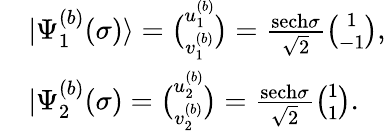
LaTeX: \begin{array}{rl}&{|\Psi_{1}^{(b)}(\sigma)\rangle=\binom{u_{1}^{(b)}}{v_{1}^{(b)}}=\frac{\mathrm{sech}\sigma}{\sqrt{2}}\binom{1}{-1},}\\ &{|\Psi_{2}^{(b)}(\sigma)=\binom{u_{2}^{(b)}}{v_{2}^{(b)}}=\frac{\mathrm{sech}\sigma}{\sqrt{2}}\binom{1}{1}.}\end{array}